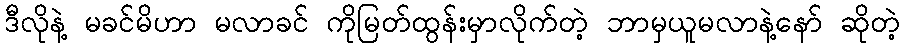
ဒီလိုနဲ့ မခင်မိဟာ မလာခင် ကိုမြတ်ထွန်းမှာလိုက်တဲ့ ဘာမှယူမလာနဲ့နော် ဆိုတဲ့